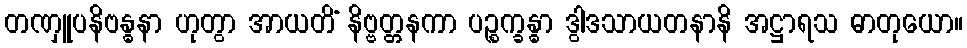
တဏှူပနိဗန္ဓနာ ဟုတွာ အာယတိံ နိဗ္ဗတ္တနကာ ပဉ္စက္ခန္ဓာ ဒွါဒသာယတနာနိ အဋ္ဌာရသ ဓာတုယော။